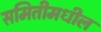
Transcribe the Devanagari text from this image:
समितीमधील